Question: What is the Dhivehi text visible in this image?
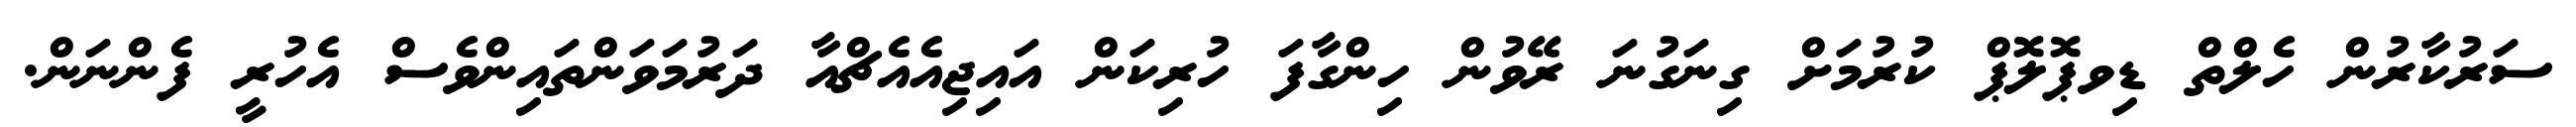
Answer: ސަރުކާރުން ހެލްތް ޑިވޕޮލޮޕް ކުރުމަށް ގިނަގުނަ ރޭވުން ހިންގާފަ ހުރިކަން އައިޖިއެއެޗްއާ ދަރުމަވަންތައިންވެސް އެހުރީ ފެންނަން.